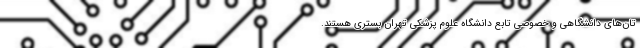
تان‌های دانشگاهی و خصوصی تابع دانشگاه علوم پزشکی تهران بستری هستند.